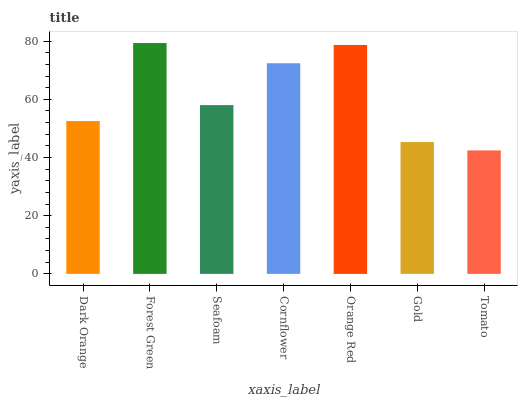
| xaxis_label | bars |
 | --- | --- |
 | Dark Orange | 52.5 |
 | Forest Green | 79.3 |
 | Seafoam | 58 |
 | Cornflower | 72.4 |
 | Orange Red | 78.7 |
 | Gold | 45.3 |
 | Tomato | 42.4 |